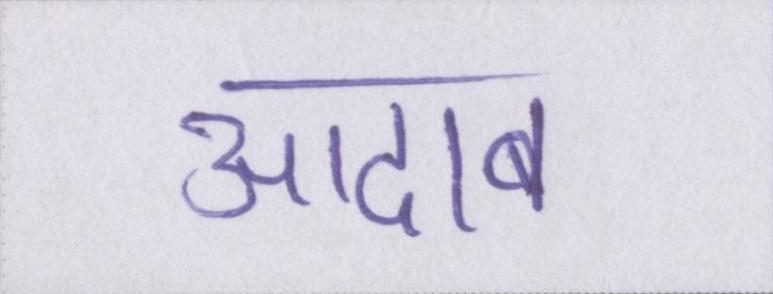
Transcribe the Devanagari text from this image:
आदाब